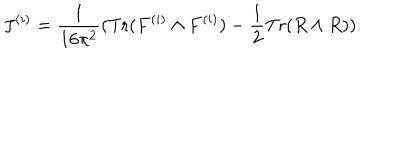
J ^ { ( i ) } = \frac { 1 } { 1 6 \pi ^ { 2 } } ( \mathrm { T r } ( F ^ { ( i ) } \wedge F ^ { ( i ) } ) - \frac { 1 } { 2 } \mathrm { T r } ( R \wedge R ) ) .